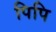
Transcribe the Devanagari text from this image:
पिपि